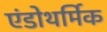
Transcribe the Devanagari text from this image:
एंडोथर्मिक